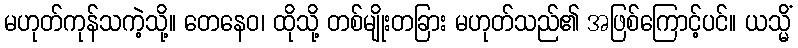
မဟုတ်ကုန်သကဲ့သို့။ တေနေဝ၊ ထိုသို့ တစ်မျိုးတခြား မဟုတ်သည်၏ အဖြစ်ကြောင့်ပင်။ ယသ္မိံ